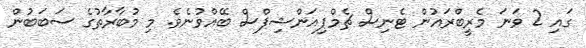
ގައި 2 ވަނަ މެރީބްރައުން ޓެނިސް ޗެމްޕިއަންޝިޕްސް ބޭއްވުނެވެ. މި މުބާރާތުގެ ސަބަބުން